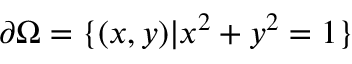
\partial \Omega = \{ ( x , y ) | x ^ { 2 } + y ^ { 2 } = 1 \}